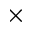
\times